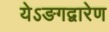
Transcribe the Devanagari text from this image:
येऽङगद्वारेण